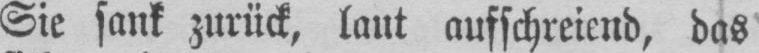
Sie sank zurück, laut aufschreiend, das